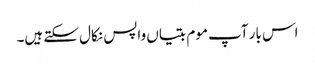
اس بار آپ موم بتیاں واپس نکال سکتے ہیں۔